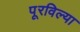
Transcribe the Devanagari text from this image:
पूरविल्या